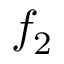
f _ { 2 }